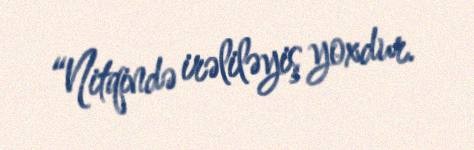
“Nitqində irəliləyiş yoxdur.